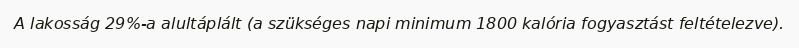
A lakosság 29%-a alultáplált (a szükséges napi minimum 1800 kalória fogyasztást feltételezve).